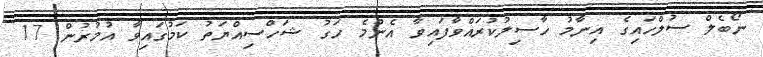
ނޯބެލް ސުލްހައިގެ އިނާމު ހާސިލުކުރައްވާފައިވާ އެންމެ ހަގު ޝަހްސިއްޔަތު ކަމުގައިވާ އުމުރުން 17